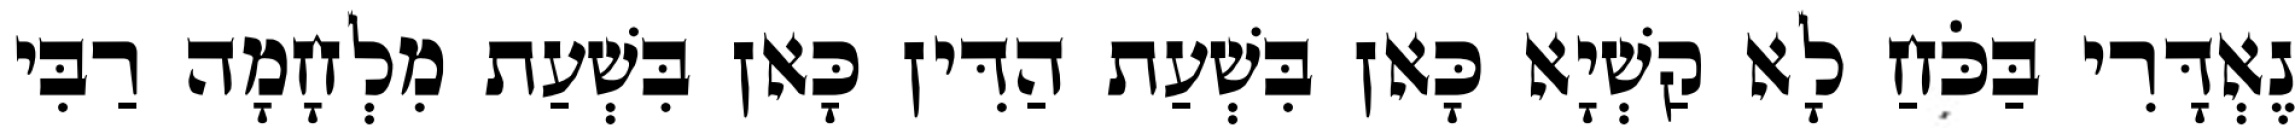
נֶאְדָּרִי בַּכֹּחַ לָא קַשְׁיָא כָּאן בִּשְׁעַת הַדִּין כָּאן בִּשְׁעַת מִלְחָמָה רַבִּי